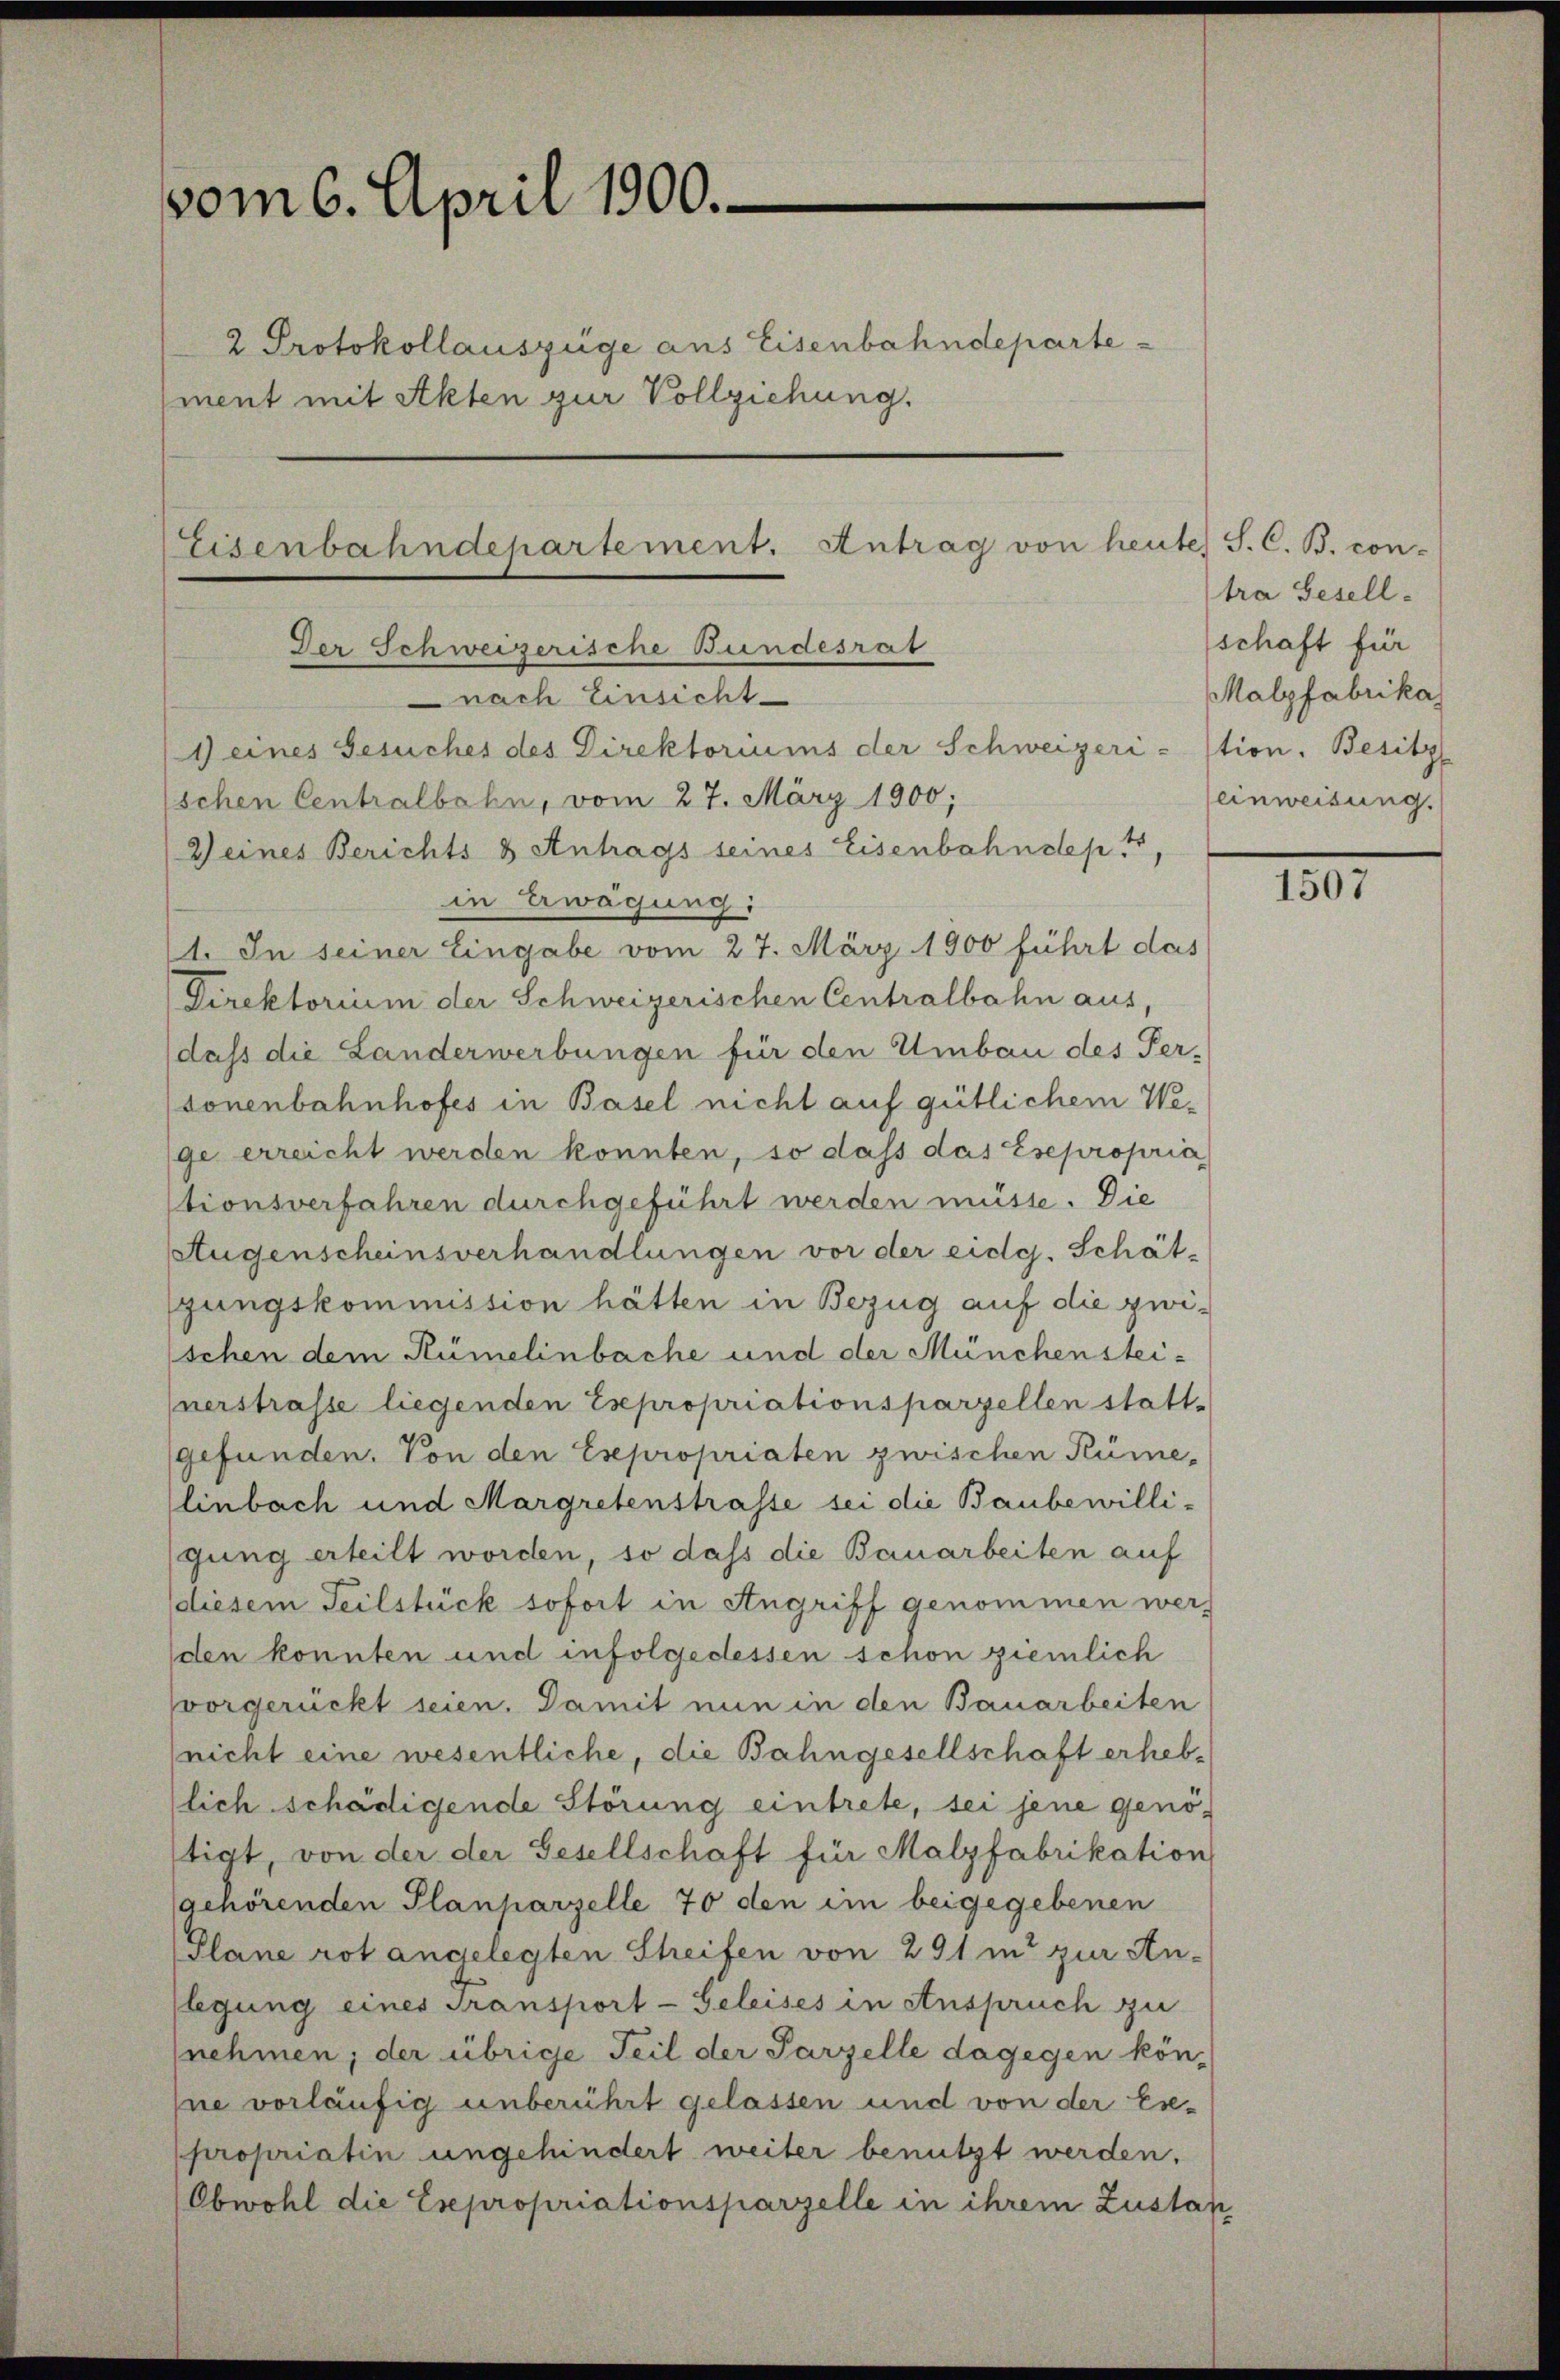
vom 6. April 1900.
2 Protokollauszüge aus Eisenbahndeparte
ment mit Akten zur Vollziehung.

Eisenbahndepartement. Antrag von heu
Der Schweizerische Bundesrat
nach Einsicht
1) eines Gesuches des Direktoriums der Schweizeri-stion. Besitz
Eschen Centralbahn, vom 27. März 1900;

Zeines Berichts & Antrags seines Eisenbahndep 4,
in Erwägung:
1. In seiner Eingabe vom 27. März 1900 führt das
Direktorium der Schweizerischen Centralbahn aus,
dass die Landerwerbungen für den Umbau des Per-
sonenbahnhofes in Basel nicht auf gütlichem Wege erreicht werden konnten, so dass das Esepropria
tionsverfahren durchgeführt werden müsse. Die
Augenscheinsverhandlungen vor der eidg. Schät-
gungskommission hätten in Bezug auf die zwischen dem Rümelinbache und der Münchensteinerstrasse liegenden Expropriationsparzellen stattgefunden. Von den Esepropriaten zwischen Küme-
linbach und Margretenstrasse sei die Baubewilli-
gung erteilt worden, so daß die Bauarbeiten auf
diesem Teilstück sofort in Angriff genommen werden konnten und infolgedessen schon ziemlich
vorgerückt seien. Damit nun in den Bauarbeiten
(nicht eine wesentliche, die Bahngesellschaft erheblich schädigende Störung eintrete, sei jene genötigt, von der der Gesellschaft für Malzfabrikation
gehörenden Planharzelle 70 den im beigegebenen
Plane rot angelegten Streifen von 291 in zur An-
flegung eines Transport- Geleises in Anspruch zu
nehmen, der übrige Teil der Parzelle dagegen kön-
ne vorläufig unberührt gelassen und von der Ese-
propriatin ungehindert weiter benutzt werden.
Obwohl die Expropriationsparzelle in ihrem Zustan

te) S. C. B. con-
tra Gesell-
schaft für
Malzfabrika
einweisung.

18